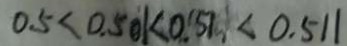
0 . 5 < 0 . 5 0 1 < 0 . 5 1 < 0 . 5 1 1